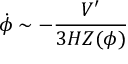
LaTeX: \dot { \phi } \sim - \frac { V ^ { \prime } } { 3 H Z ( \phi ) }